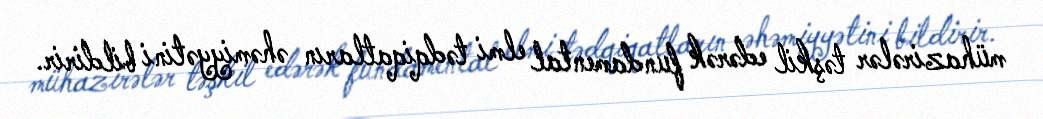
mühazirələr təşkil edərək fundamental elmi tədqiqatların əhəmiyyətini bildirir.